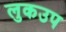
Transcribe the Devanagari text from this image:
लुकउप